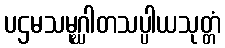
ပဌမသမုဂ္ဃါတသပ္ပါယသုတ္တံ